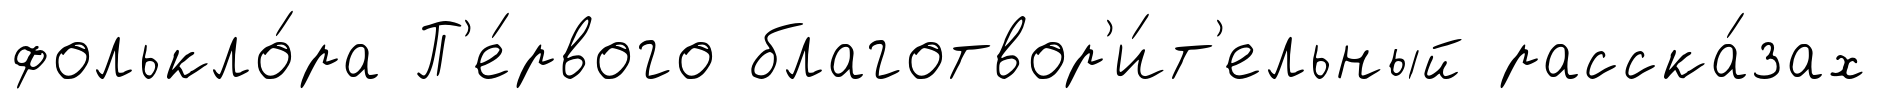
фолькло́ра П'е́рвого благотвор'и́т'ельный расска́зах